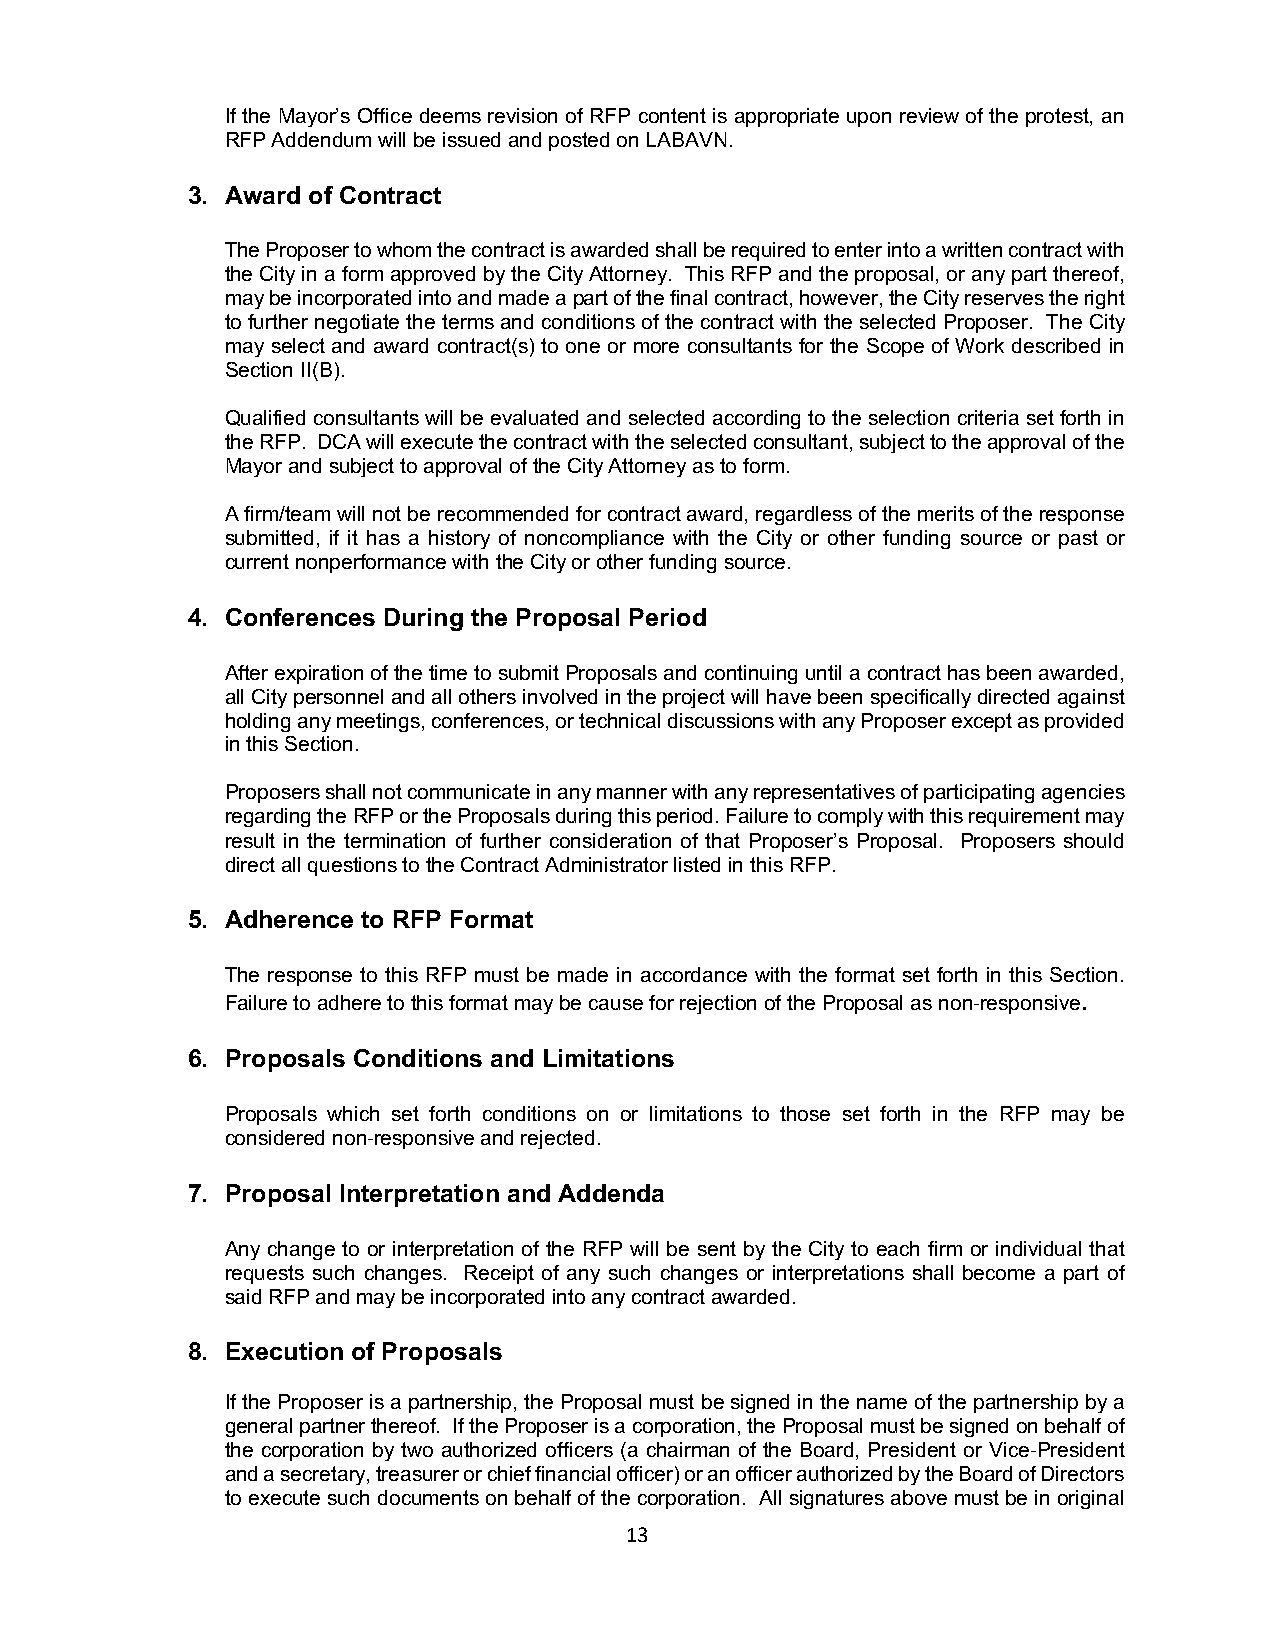
If the Mayor’s Office deems revision of RFP content is appropriate upon review of the protest, an
 RFP Addendum will be issued and posted on LABAVN.
 3. Award of Contract
 The Proposer to whom the contract is awarded shall be required to enter into a written contract with
 the City in a form approved by the City Attorney. This RFP and the proposal, or any part thereof,
 may be incorporated into and made a part of the final contract, however, the City reserves the right
 to further negotiate the terms and conditions of the contract with the selected Proposer. The City
 may select and award contract(s) to one or more consultants for the Scope of Work described in
 Section II(B).
 Qualified consultants will be evaluated and selected according to the selection criteria set forth in
 the RFP. DCA will execute the contract with the selected consultant, subject to the approval of the
 Mayor and subject to approval of the City Attorney as to form.
 A firm/team will not be recommended for contract award, regardless of the merits of the response
 submitted, if it has a history of noncompliance with the City or other funding source or past or
 current nonperformance with the City or other funding source.
 4. Conferences During the Proposal Period
 After expiration of the time to submit Proposals and continuing until a contract has been awarded,
 all City personnel and all others involved in the project will have been specifically directed against
 holding any meetings, conferences, or technical discussions with any Proposer except as provided
 in this Section.
 Proposers shall not communicate in any manner with any representatives of participating agencies
 regarding the RFP or the Proposals during this period. Failure to comply with this requirement may
 result in the termination of further consideration of that Proposer’s Proposal. Proposers should
 direct all questions to the Contract Administrator listed in this RFP.
 5. Adherence to RFP Format
 The response to this RFP must be made in accordance with the format set forth in this Section.
 Failure to adhere to this format may be cause for rejection of the Proposal as non-responsive.
 6. Proposals Conditions and Limitations
 Proposals which set forth conditions on or limitations to those set forth in the RFP may be
 considered non-responsive and rejected.
 7. Proposal Interpretation and Addenda
 Any change to or interpretation of the RFP will be sent by the City to each firm or individual that
 requests such changes. Receipt of any such changes or interpretations shall become a part of
 said RFP and may be incorporated into any contract awarded.
 8. Execution of Proposals
 If the Proposer is a partnership, the Proposal must be signed in the name of the partnership by a
 general partner thereof. If the Proposer is a corporation, the Proposal must be signed on behalf of
 the corporation by two authorized officers (a chairman of the Board, President or Vice-President
 and a secretary, treasurer or chief financial officer) or an officer authorized by the Board of Directors
 to execute such documents on behalf of the corporation. All signatures above must be in original
 13